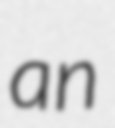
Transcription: an